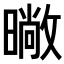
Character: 𭧨